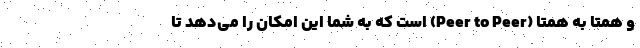
و همتا به همتا (Peer to Peer) است که به شما این امکان را می‌دهد تا